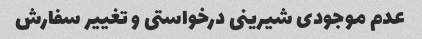
عدم موجودی شیرینی درخواستی و تغییر سفارش